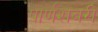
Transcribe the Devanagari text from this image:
पार्णशबरी